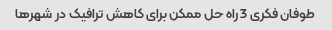
طوفان فکری 3 راه حل ممکن برای کاهش ترافیک در شهرها